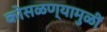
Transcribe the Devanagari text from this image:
कोसळण्यामुळीं